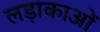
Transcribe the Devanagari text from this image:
लड़ाकाओं